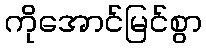
ကိုအောင်မြင်စွာ